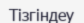
Тізгіндеу